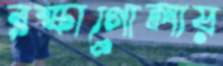
রক্ষাগোলায়